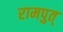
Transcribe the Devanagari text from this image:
रामपुत्